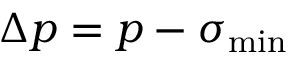
\Delta p = p - \sigma _ { \mathrm { m i n } }